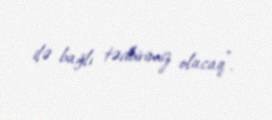
ilə bağlı tədbirimiz olacaq”.